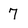
Character: 7